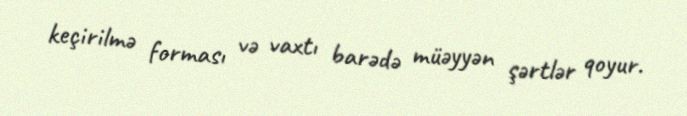
keçirilmə forması və vaxtı barədə müəyyən şərtlər qoyur.